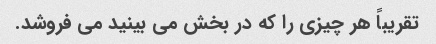
تقریباً هر چیزی را که در بخش می بینید می فروشد.